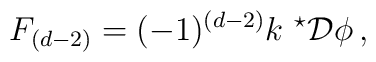
F_{(d-2)} = (-1)^{(d-2)} k\ {}^{\star}{\cal D}\phi\, ,